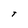
Character: T